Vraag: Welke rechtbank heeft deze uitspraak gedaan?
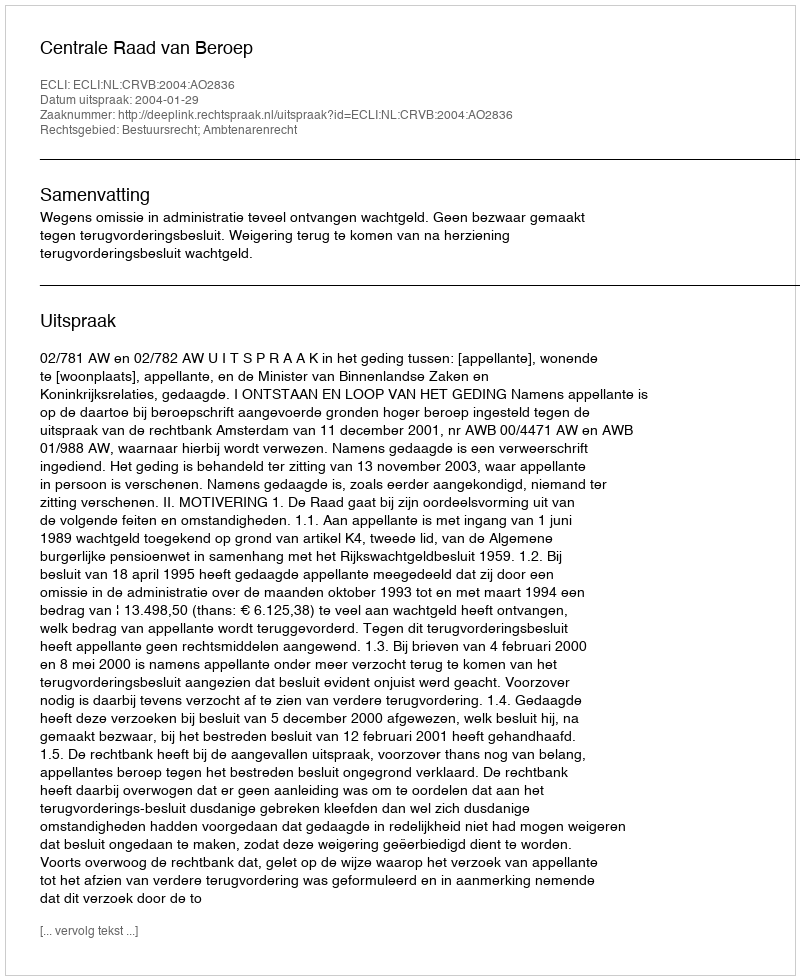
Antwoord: Centrale Raad van Beroep